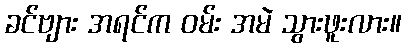
ခင်ဗျား အရင်က ဝမ်း အမဲ သွားဖူးလား။